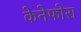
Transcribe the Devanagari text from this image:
केनेफोरा